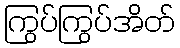
ကြွပ်ကြွပ်အိတ်